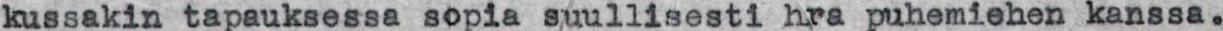
kussakin tapauksessa sopia suullisesti hra puhemiehen kanssa.